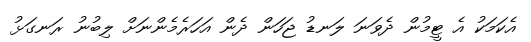
އެކަމަކު އެ ޓީމުން ދެވަނަ ލަނޑު ޖަހަން ދެން އަހަރެމެންނަށް ލިބުނު ރަނގަޅު